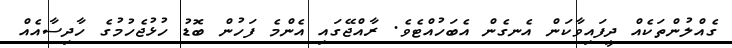
ގެއްލުންތަކެއް ދީފައިވާކަން އެނގެން އެބަހުއްޓެވެ. ރާއްޖޭގައި އެންމެ ފަހުން ބޮޑު ހުޅުޖެހުމުގެ ހާދިސާއެއް